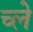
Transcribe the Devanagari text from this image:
च्ले